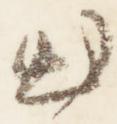
出